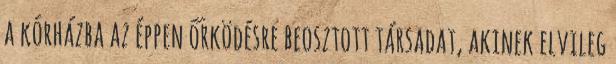
a kórházba az éppen őrködésre beosztott társadat, akinek elvileg